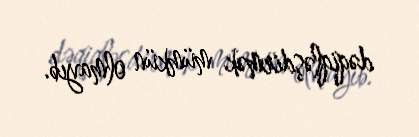
dəqiqləşdirmək mümkün olmayıb.